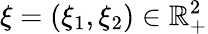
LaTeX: \xi=(\xi_{1},\xi_{2})\in\mathbb{R}_{+}^{2}